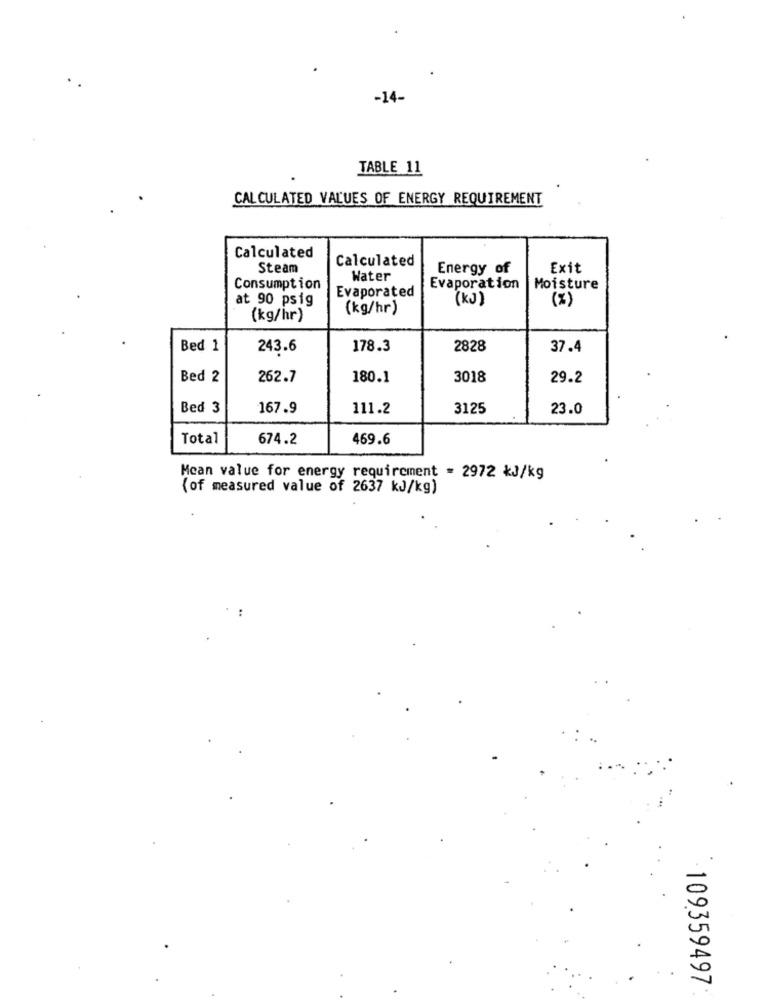
-14-
TABLE 11
CALCULATED VALUES OF ENERGY REQUIREMENT
Calculated
Calculated
Steam
Energy of
Exit
Water
Consumption
Evaporated
Evaporation
Moisture
at 90 psig
(kJ)
(%)
(kg/hr)
(kg/hr)
Bed 1
243.6
178.3
2828
37.4
Bed 2
262.7
180.1
3018
29.2
Bed 3
167.9
111.2
3125
23.0
Total
674.2
469.6
Mean value for energy requirement = 2972 KJ/kg
(of measured value of 2637 KJ/kg)
109359497